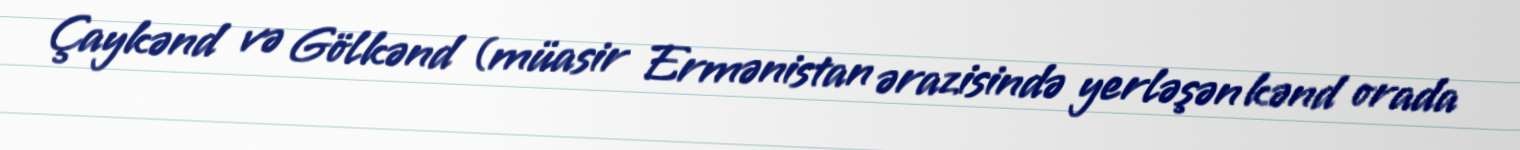
Çaykənd və Gölkənd (müasir Ermənistan ərazisində yerləşən kənd orada